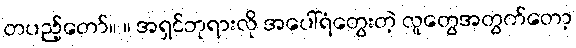
တပည့်တော်။ ။ အရှင်ဘုရားလို အပေါ်ရံတွေးတဲ့ လူတွေအတွက်တော့